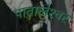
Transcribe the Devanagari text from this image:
पातालेश्‍वर